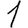
Digit: 1